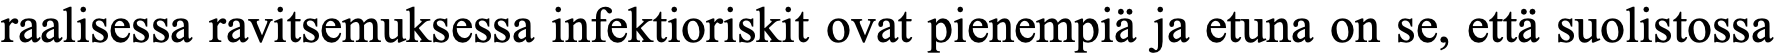
raalisessa ravitsemuksessa infektioriskit ovat pienempiä ja etuna on se, että suolistossa